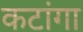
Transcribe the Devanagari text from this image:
कटांगा